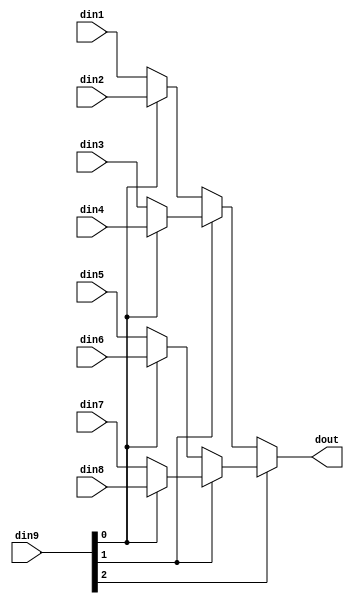
module sp_mux_8to1_sel4_7_1 #(
parameter
    ID                = 0,
    NUM_STAGE         = 1,
    din1_WIDTH       = 32,
    din2_WIDTH       = 32,
    din3_WIDTH       = 32,
    din4_WIDTH       = 32,
    din5_WIDTH       = 32,
    din6_WIDTH       = 32,
    din7_WIDTH       = 32,
    din8_WIDTH       = 32,
    din9_WIDTH         = 32,
    dout_WIDTH            = 32
)(
    input  [6 : 0]     din1,
    input  [6 : 0]     din2,
    input  [6 : 0]     din3,
    input  [6 : 0]     din4,
    input  [6 : 0]     din5,
    input  [6 : 0]     din6,
    input  [6 : 0]     din7,
    input  [6 : 0]     din8,
    input  [3 : 0]    din9,
    output [6 : 0]   dout);
wire [3 : 0]     sel;
wire [6 : 0]         mux_1_0;
wire [6 : 0]         mux_1_1;
wire [6 : 0]         mux_1_2;
wire [6 : 0]         mux_1_3;
wire [6 : 0]         mux_2_0;
wire [6 : 0]         mux_2_1;
wire [6 : 0]         mux_3_0;
wire [6 : 0]         mux_4_0;
assign sel = din9;
assign mux_1_0 = (sel[0] == 0)? din1 : din2;
assign mux_1_1 = (sel[0] == 0)? din3 : din4;
assign mux_1_2 = (sel[0] == 0)? din5 : din6;
assign mux_1_3 = (sel[0] == 0)? din7 : din8;
assign mux_2_0 = (sel[1] == 0)? mux_1_0 : mux_1_1;
assign mux_2_1 = (sel[1] == 0)? mux_1_2 : mux_1_3;
assign mux_3_0 = (sel[2] == 0)? mux_2_0 : mux_2_1;
assign mux_4_0 = mux_3_0;
assign dout = mux_4_0;
endmodule